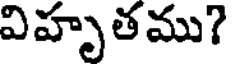
విహృతము?